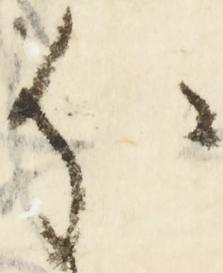
分